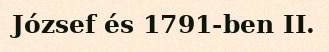
József és 1791-ben II.